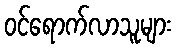
ဝင်ရောက်လာသူများ